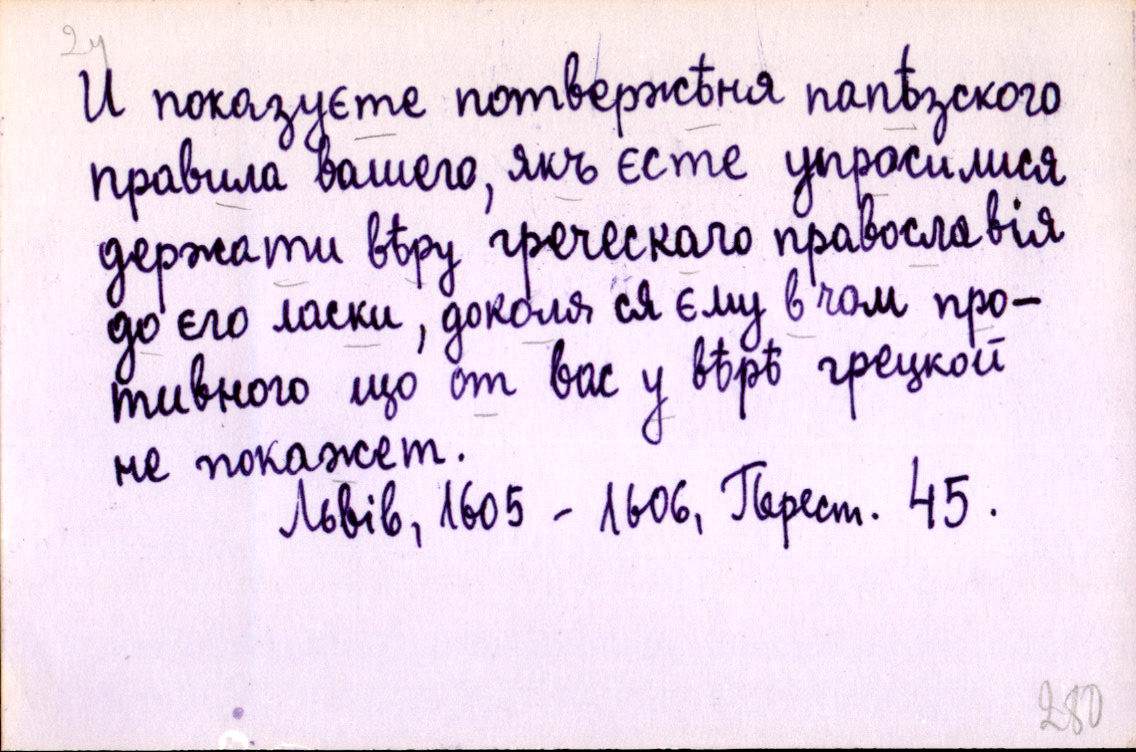
И показуєте потвержѣня папѣзского
правила вашего, якъ єсте упросилися
держати вѣру греческаго православія
до єго ласки, доколя ся єму в чом про-
тивного що от вас у вѣрѣ грецкой
не покажет.
Львів, 1605 - 1606, Перест. 45.